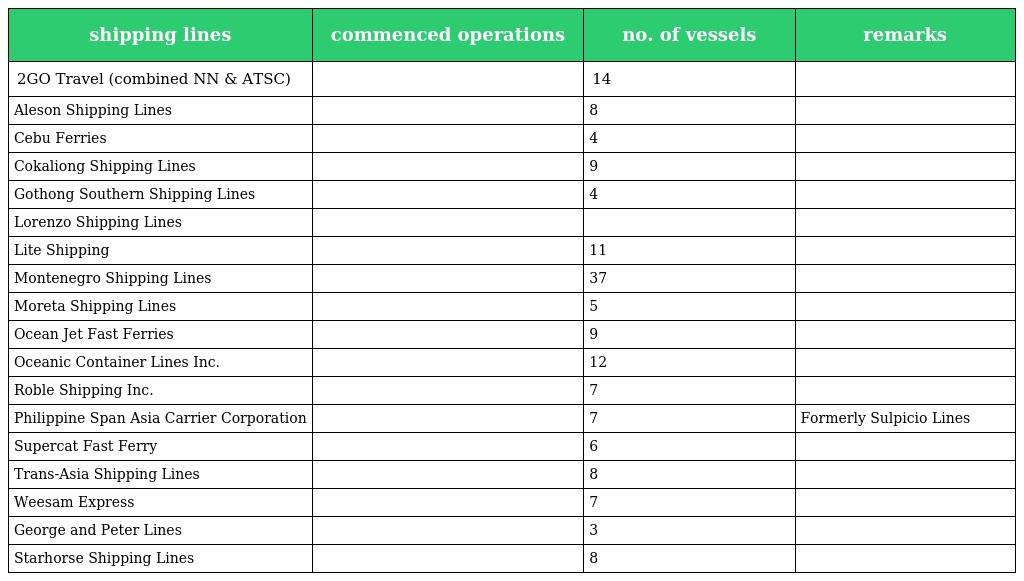
| shipping lines | commenced operations | no. of vessels | remarks |
 | --- | --- | --- | --- |
 | 2GO Travel (combined NN & ATSC) |  | 14 |  |
 | Aleson Shipping Lines |  | 8 |  |
 | Cebu Ferries |  | 4 |  |
 | Cokaliong Shipping Lines |  | 9 |  |
 | Gothong Southern Shipping Lines |  | 4 |  |
 | Lorenzo Shipping Lines |  |  |  |
 | Lite Shipping |  | 11 |  |
 | Montenegro Shipping Lines |  | 37 |  |
 | Moreta Shipping Lines |  | 5 |  |
 | Ocean Jet Fast Ferries |  | 9 |  |
 | Oceanic Container Lines Inc. |  | 12 |  |
 | Roble Shipping Inc. |  | 7 |  |
 | Philippine Span Asia Carrier Corporation |  | 7 | Formerly Sulpicio Lines |
 | Supercat Fast Ferry |  | 6 |  |
 | Trans-Asia Shipping Lines |  | 8 |  |
 | Weesam Express |  | 7 |  |
 | George and Peter Lines |  | 3 |  |
 | Starhorse Shipping Lines |  | 8 |  |